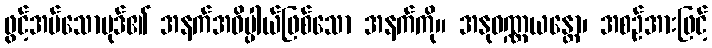
ဖွင့်အပ်သောပုဒ်၏ အနက်အဓိပ္ပါယ်ဖြစ်သော အနက်ကို။ အနုဝဏ္ဏယန္တော၊ အစဉ်အားဖြင့်